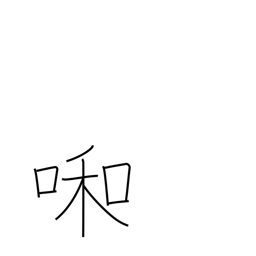
Meaning: weeping child